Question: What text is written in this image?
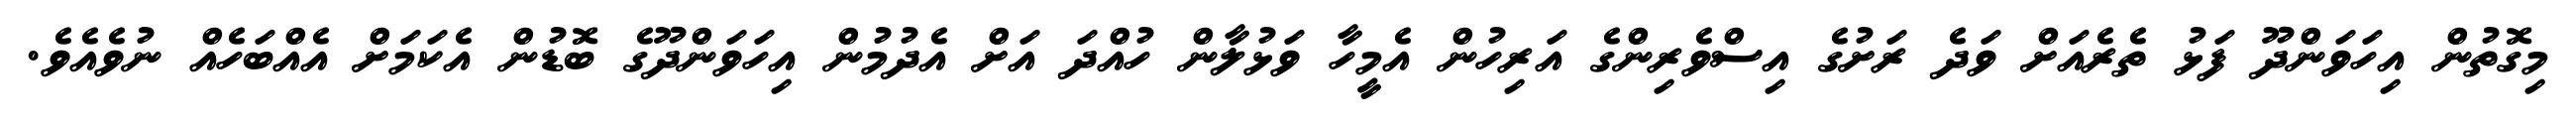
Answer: މިގޮތުން އިހަވަންދޫ ފަޅު ތެރެއަށް ވަދެ ރަށުގެ އިސްވެރިންގެ އަރިހުން އެމީހާ ވަޅުލާން ހުއްދަ އަށް އެދުމުން އިހަވަންދޫގެ ބޮޑުން އެކަމަށް އެއްބަހެއް ނުވެއެވެ.